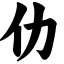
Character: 仂